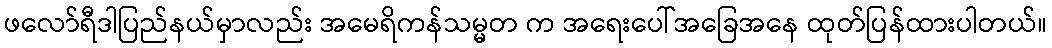
ဖလော်ရီဒါပြည်နယ်မှာလည်း အမေရိကန်သမ္မတ က အရေးပေါ်အခြေအနေ ထုတ်ပြန်ထားပါတယ်။